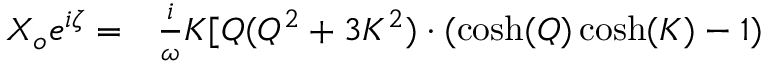
\begin{array} { r l } { X _ { o } e ^ { i \zeta } = } & { { } \frac { i } { \omega } K [ Q ( Q ^ { 2 } + 3 K ^ { 2 } ) \cdot ( \cosh ( Q ) \cosh ( K ) - 1 ) } \end{array}